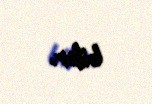
bilər.